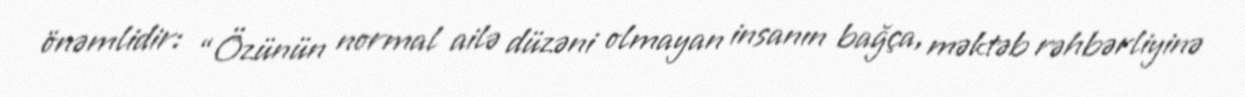
önəmlidir: “Özünün normal ailə düzəni olmayan insanın bağça, məktəb rəhbərliyinə